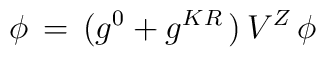
\phi\,=\,(g^0+g^{KR}\,)\,V^Z\,\phi